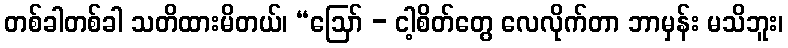
တစ်ခါတစ်ခါ သတိထားမိတယ်၊ “ဩော် - ငါ့စိတ်တွေ လေလိုက်တာ ဘာမှန်း မသိဘူး၊